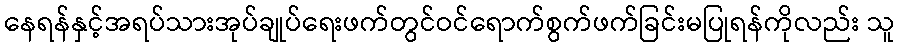
နေရန်နှင့်အရပ်သားအုပ်ချုပ်ရေးဖက်တွင်ဝင်ရောက်စွက်ဖက်ခြင်းမပြုရန်ကိုလည်း သူ